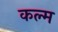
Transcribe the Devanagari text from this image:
कल्म